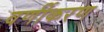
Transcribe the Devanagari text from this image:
वर्णीकरण